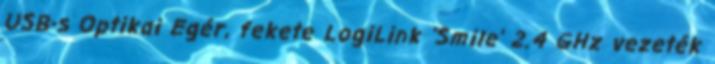
USB-s Optikai Egér, fekete LogiLink 'Smile' 2.4 GHz vezeték